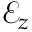
\mathcal { E } _ { z }